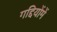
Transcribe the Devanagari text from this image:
गद्दियोंमें